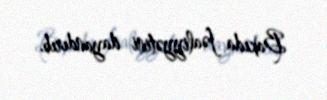
Bakıda fəaliyyətini dayandırıb.